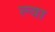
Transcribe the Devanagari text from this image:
ल्वा